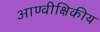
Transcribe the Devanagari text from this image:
आण्वीक्षिकीय